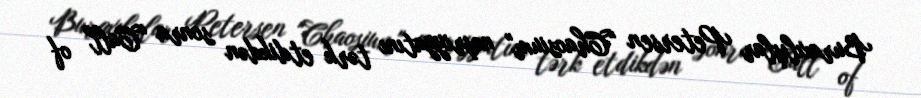
Buraxılışlar Petersen "Chaosium" nəşriyyatını tərk etdikdən sonra "Call of